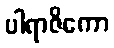
ပါရာဇိကော